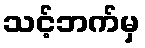
သင့်ဘက်မှ